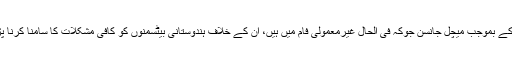
واٹسن کے بموجب میچل جانسن جوکہ فی الحال غیرمعمولی فام میں ہیں، ان کے خلاف ہندوستانی بیٹسمنوں کو کافی مشکلات کا سامنا کرنا پڑے گا۔